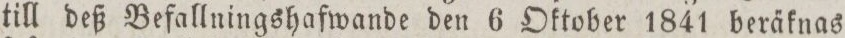
till deß Befallningshafwande den 6 Oktober 1841 beräknas